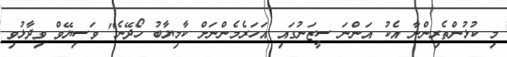
މި ކުޅުންތެރިންނާ އެކު އަންނަ ސީޒަނުގައި އަހަރެމެންނަށް ކާމިޔާބު ހޯދޭނެ" ވަސިޔޭވް ވިދާޅުވި